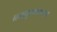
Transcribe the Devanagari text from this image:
नन्दकुमाराष्टकम्